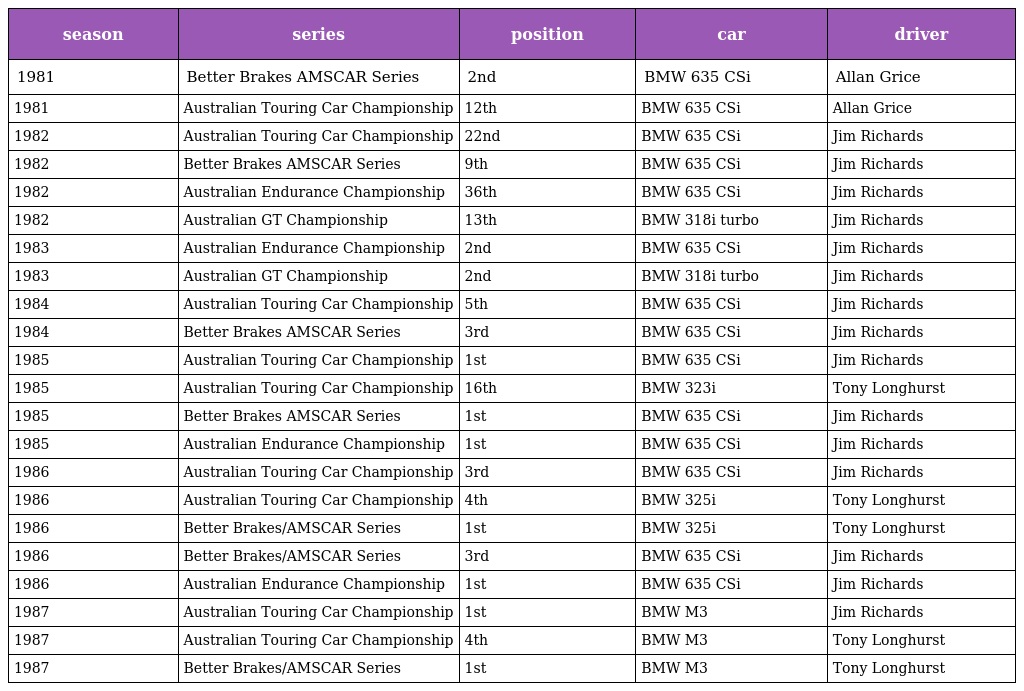
| season | series | position | car | driver |
 | --- | --- | --- | --- | --- |
 | 1981 | Better Brakes AMSCAR Series | 2nd | BMW 635 CSi | Allan Grice |
 | 1981 | Australian Touring Car Championship | 12th | BMW 635 CSi | Allan Grice |
 | 1982 | Australian Touring Car Championship | 22nd | BMW 635 CSi | Jim Richards |
 | 1982 | Better Brakes AMSCAR Series | 9th | BMW 635 CSi | Jim Richards |
 | 1982 | Australian Endurance Championship | 36th | BMW 635 CSi | Jim Richards |
 | 1982 | Australian GT Championship | 13th | BMW 318i turbo | Jim Richards |
 | 1983 | Australian Endurance Championship | 2nd | BMW 635 CSi | Jim Richards |
 | 1983 | Australian GT Championship | 2nd | BMW 318i turbo | Jim Richards |
 | 1984 | Australian Touring Car Championship | 5th | BMW 635 CSi | Jim Richards |
 | 1984 | Better Brakes AMSCAR Series | 3rd | BMW 635 CSi | Jim Richards |
 | 1985 | Australian Touring Car Championship | 1st | BMW 635 CSi | Jim Richards |
 | 1985 | Australian Touring Car Championship | 16th | BMW 323i | Tony Longhurst |
 | 1985 | Better Brakes AMSCAR Series | 1st | BMW 635 CSi | Jim Richards |
 | 1985 | Australian Endurance Championship | 1st | BMW 635 CSi | Jim Richards |
 | 1986 | Australian Touring Car Championship | 3rd | BMW 635 CSi | Jim Richards |
 | 1986 | Australian Touring Car Championship | 4th | BMW 325i | Tony Longhurst |
 | 1986 | Better Brakes/AMSCAR Series | 1st | BMW 325i | Tony Longhurst |
 | 1986 | Better Brakes/AMSCAR Series | 3rd | BMW 635 CSi | Jim Richards |
 | 1986 | Australian Endurance Championship | 1st | BMW 635 CSi | Jim Richards |
 | 1987 | Australian Touring Car Championship | 1st | BMW M3 | Jim Richards |
 | 1987 | Australian Touring Car Championship | 4th | BMW M3 | Tony Longhurst |
 | 1987 | Better Brakes/AMSCAR Series | 1st | BMW M3 | Tony Longhurst |